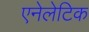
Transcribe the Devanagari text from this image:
एनेलेटिक